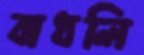
বাধলি